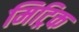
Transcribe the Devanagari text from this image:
मिट्रिक